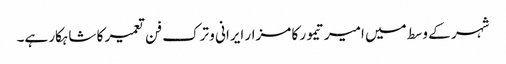
شہر کے وسط میں امیر تیمور کا مزار ایرانی و ترک فن تعمیر کا شاہکار ہے۔